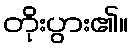
တိုးပွား၏။